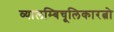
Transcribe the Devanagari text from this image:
व्यालम्बिचूलिकारत्नो